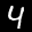
Label: 4